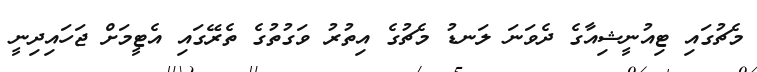
މެޗުގައި ޓިއުނީޝިއާގެ ދެވަނަ ލަނޑު މެޗުގެ އިތުރު ވަގުތުގެ ތެރޭގައި އެޓީމަށް ޖަހައިދިނީ